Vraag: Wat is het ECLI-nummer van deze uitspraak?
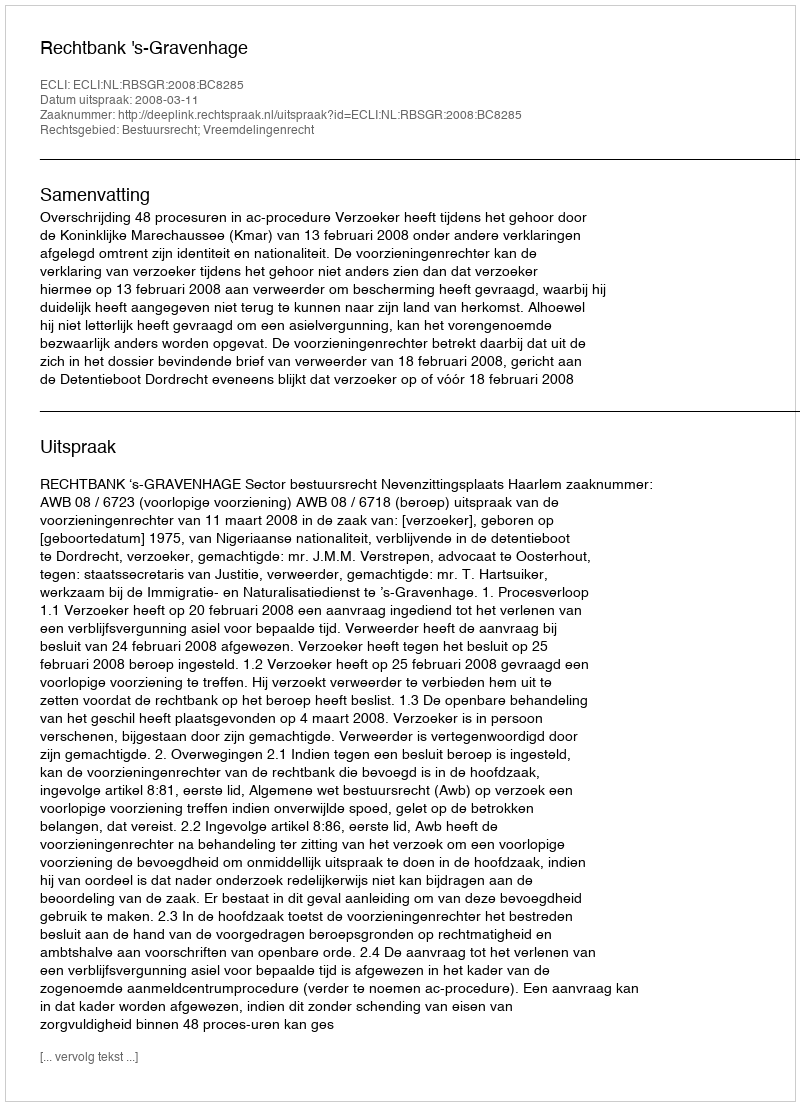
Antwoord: ECLI:NL:RBSGR:2008:BC8285